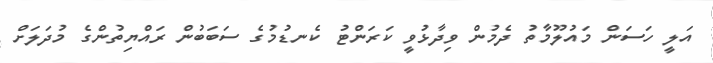
އަލީ ހަސަން މައުލޫމާތު ދެމުން ވިދާޅުވީ ކަރަންޓު ކެނޑުމުގެ ސަބަބުން ރައްޔިތުންގެ މުދަލަށް